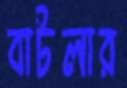
বাটলার